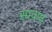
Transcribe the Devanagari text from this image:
सावान